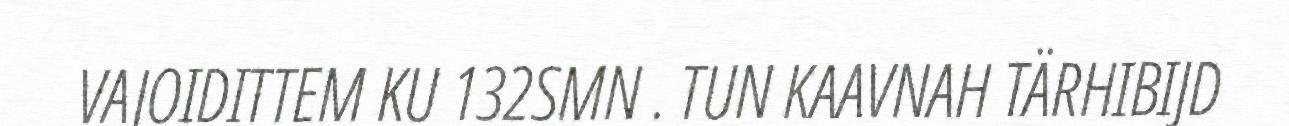
VAJOIDITTEM KU 132SMN . TUN KAAVNAH TÄRHIBIJD